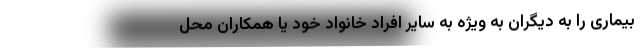
بیماری را به دیگران به ویژه به سایر افراد خانواد خود یا همکاران محل